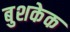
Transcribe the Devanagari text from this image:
बुशकेक